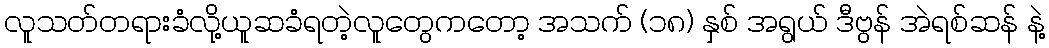
လူသတ်တရားခံလို့ယူဆခံရတဲ့လူတွေကတော့ အသက် (၁၈) နှစ် အရွယ် ဒီဗွန် အဲရစ်ဆန် နဲ့